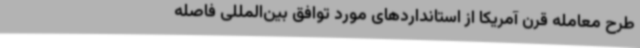
طرح معامله قرن آمریکا از استانداردهای مورد توافق بین‌المللی فاصله